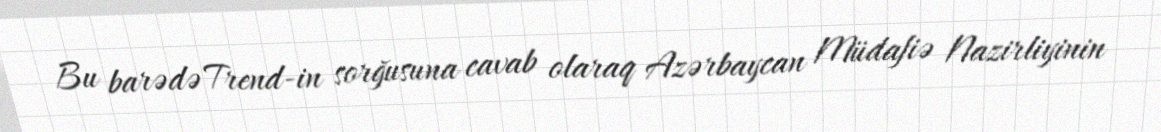
Bu barədə Trend-in sorğusuna cavab olaraq Azərbaycan Müdafiə Nazirliyinin